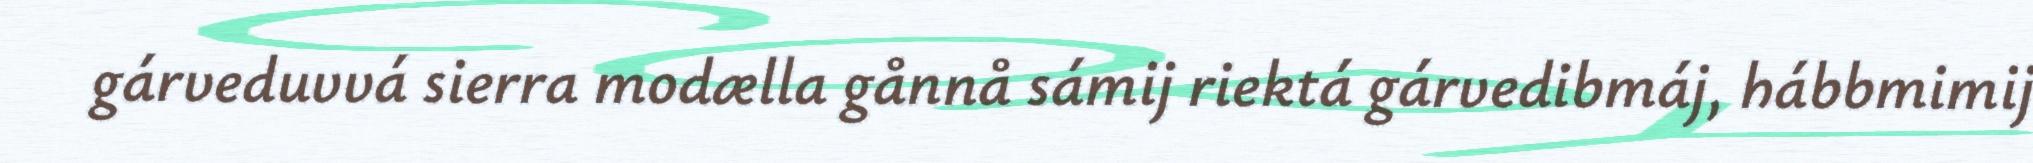
gárveduvvá sierra modælla gånnå sámij riektá gárvedibmáj, hábbmimij